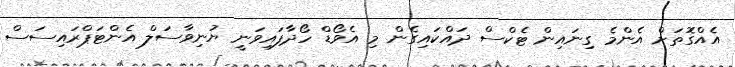
އެއްގޮތަށް އެންމެ ގިނައިން ޓެކްސް ދައްކައިގެން މި އެވޯޑް ހޯދާފައިވަނީ ޔުނިވާސަލް އެންޓަޕްރައިސަސް